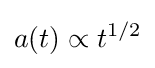
a(t)\propto t^{1/2}